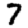
Digit: 7